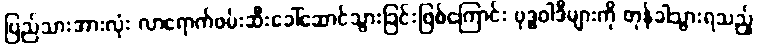
ပြည်သားအားလုံး လာရောက်ဖမ်းဆီးခေါ်ဆောင်သွားခြင်းဖြစ်ကြောင်း ဗုဒ္ဓဝါဒီများကို တုန်ခါသွားရသည့်